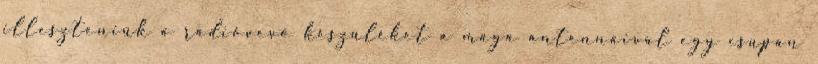
illeszteniük a rádióvevő készüléket a maga antennáival egy csupán